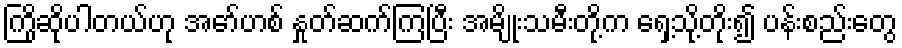
ကြိုဆိုပါတယ်ဟု အော်ဟစ် နှုတ်ဆက်ကြပြီး အမျိုးသမီးတို့က ရှေ့သို့တိုး၍ ပန်းစည်းတွေ